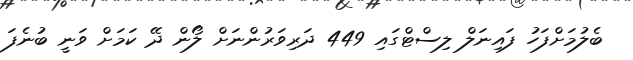
ބެލުމަށްފަހު ފައިނަލް ލިސްޓްގައި 449 ދަރިވަރުންނަށް ލޯން ދޭ ކަމަށް ވަނީ ބުނެފަ